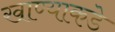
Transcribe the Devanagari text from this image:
खाण्याकडे